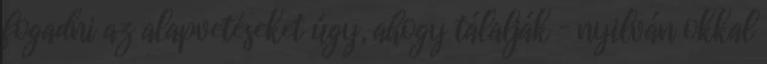
fogadni az alapvetéseket úgy, ahogy tálalják – nyilván okkal